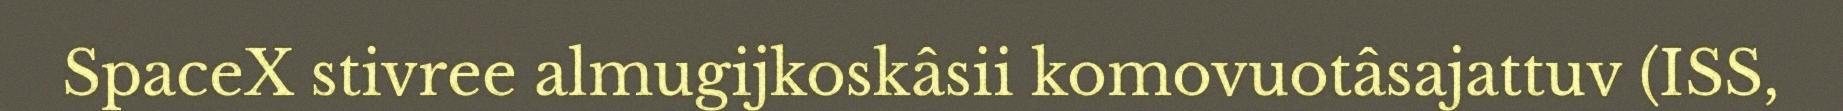
SpaceX stivree almugijkoskâsii komovuotâsajattuv (ISS,